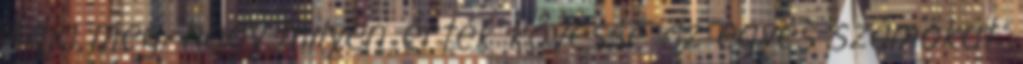
Adja meg, hogy milyen érték kövesse az egyes számokat: